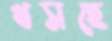
খসছে